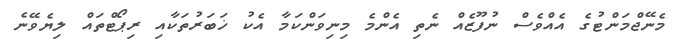
މެނޭޖްމަންޓުގެ އެއްވެސް ނުފޫޒެއް ނެތި އެންމެ މިނިވަންކަމާ އެކު ޚަބަރުތަކާއި ރިޕޯޓްތައް ލިޔެވޭނެ